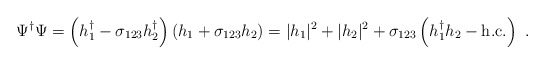
\begin{align*}\Psi^{\dag} \Psi = \left( h_1^{\dag} - \sigma_{123} h_2^{\dag} \right) \left( h_1 + \sigma_{123} h_2 \right) = |h_1 |^2 + | h_2 |^2 + \sigma_{123} \left( h_1^{\dag} h_2 - \mbox{h.c.} \right)~.\end{align*}